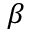
\beta